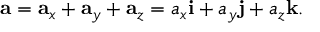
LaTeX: \mathbf { a } = \mathbf { a } _ { x } + \mathbf { a } _ { y } + \mathbf { a } _ { z } = a _ { x } { \mathbf { i } } + a _ { y } { \mathbf { j } } + a _ { z } { \mathbf { k } } .